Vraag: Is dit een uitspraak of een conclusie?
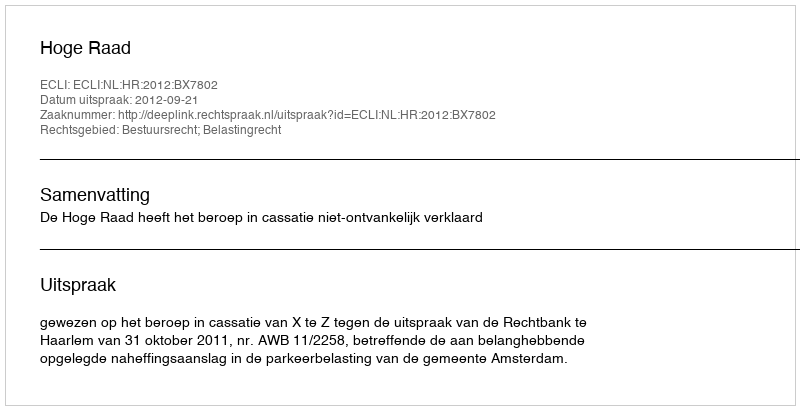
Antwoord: Uitspraak